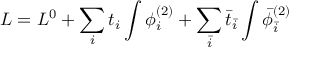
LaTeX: { \cal L } = { \cal L } ^ { 0 } + \sum _ { i } t _ { i } \int \phi _ { i } ^ { ( 2 ) } + \sum _ { \bar { i } } { \bar { t } } _ { \bar { i } } \int { \bar { \phi } } _ { \bar { i } } ^ { ( 2 ) }